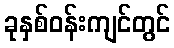
ခုနှစ်ဝန်းကျင်တွင်